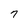
Character: 7